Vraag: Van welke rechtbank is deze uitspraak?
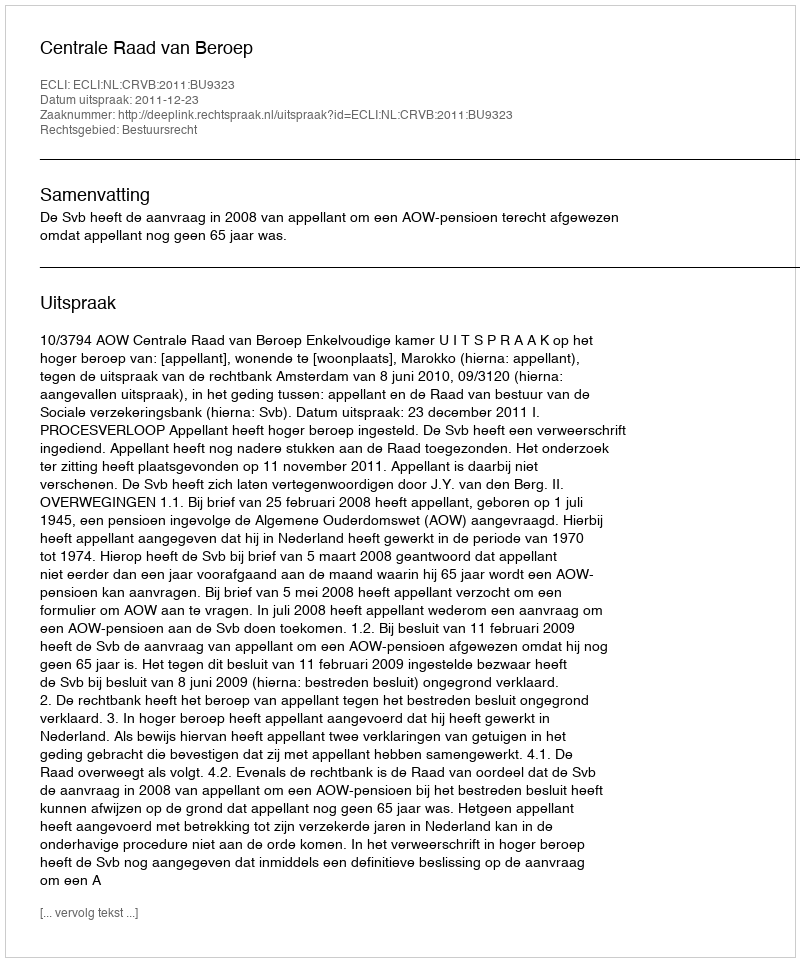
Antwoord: Centrale Raad van Beroep